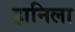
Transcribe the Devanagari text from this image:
हानिला